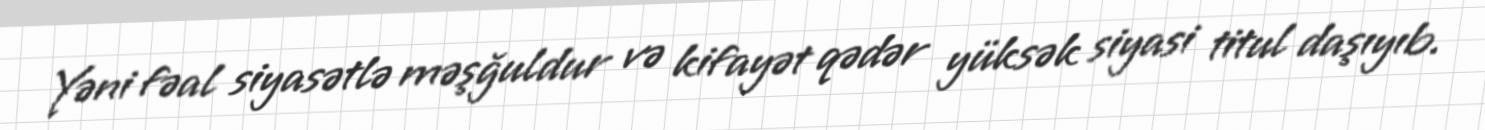
Yəni fəal siyasətlə məşğuldur və kifayət qədər yüksək siyasi titul daşıyıb.